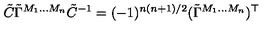
\tilde { C } \tilde { \Gamma } ^ { M _ { 1 } \ldots M _ { n } } \tilde { C } ^ { - 1 } = ( - 1 ) ^ { n ( n + 1 ) / 2 } ( \tilde { \Gamma } ^ { M _ { 1 } \ldots M _ { n } } ) ^ { \top }